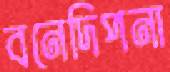
বনেদিপনা